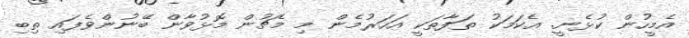
އެމީހުން ކުޅެނީ. އެކަމަކު ތަފާތަކީ އަހަރުމެން މި މެޗުން މޮޅުވާން ބޭނުންވެފައި ތިބި